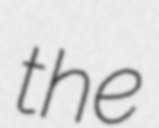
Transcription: the